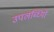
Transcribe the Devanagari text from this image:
उपलब्ध्यिों